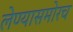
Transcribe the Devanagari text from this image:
लेण्यासमोरच